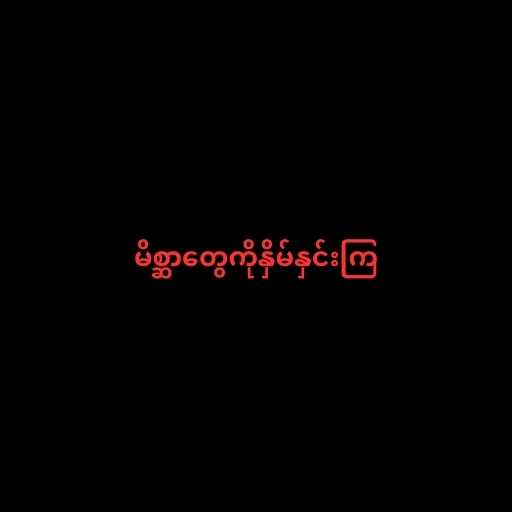
မိစ္ဆာတွေကိုနှိမ်နှင်းကြ